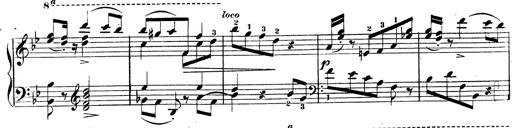
Title: 3 Caprices-Valses
Composer: Franz Liszt